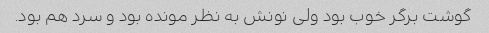
گوشت برگر خوب بود ولی نونش به نظر مونده بود و سرد هم بود.